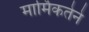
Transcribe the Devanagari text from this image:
मार्मिकतेने